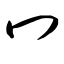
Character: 冖